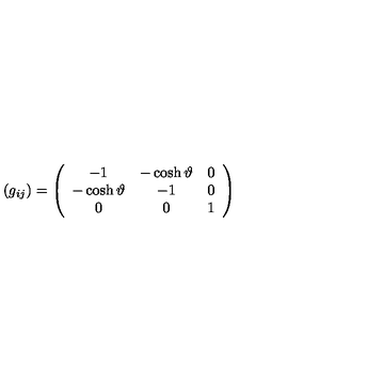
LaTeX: ( g _ { i j } ) = \left( \begin{array} { c c c } { - 1 } & { - \cosh \vartheta } & { 0 } \\ { - \cosh \vartheta } & { - 1 } & { 0 } \\ { 0 } & { 0 } & { 1 } \\ \end{array} \right)